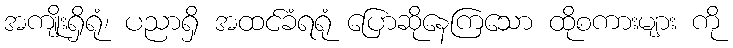
အကျိုးရှိရုံ၊ ပညာရှိ အထင်ခံရရုံ ပြောဆိုနေကြသော ထိုစကားများ ကို